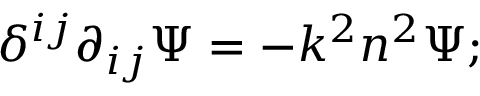
\delta ^ { i j } \partial _ { i j } \Psi = - k ^ { 2 } n ^ { 2 } \Psi ;